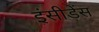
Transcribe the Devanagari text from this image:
इंसीडेंस